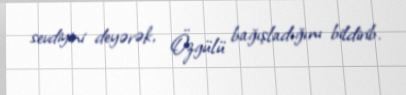
sevdiyini deyərək, Özgülü bağışladığını bildirib.